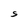
Character: S